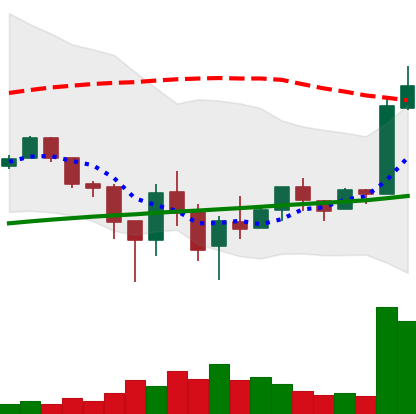
Ticker: LTC-USD
Chart end date: 2018-02-15
Forward return: 3.294%
Label: up_3_5